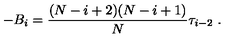
- B _ { i } = { \frac { ( N - i + 2 ) ( N - i + 1 ) } { N } } \tau _ { i - 2 } \ .